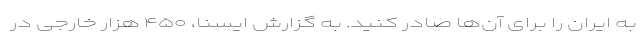
به ایران را برای آن‌ها صادر کنید. به گزارش ایسنا، ۴۵۰ هزار خارجی در